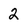
Character: 2